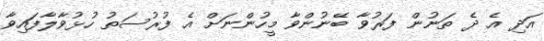
އަދި އެ ދެ ތަނުން ފަރުވާ ބޭނުންވާ މީހުންނަށް އެ ފުރުސަތު ހުޅުވާލާފައިވާ